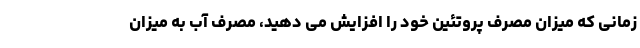
زمانی که میزان مصرف پروتئین خود را افزایش می دهید، مصرف آب به میزان